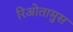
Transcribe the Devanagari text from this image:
रिओतामुस